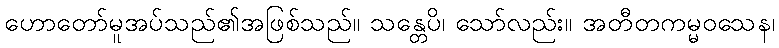
ဟောတော်မူအပ်သည်၏အဖြစ်သည်။ သန္တေပိ၊ သော်လည်း။ အတီတကမ္မဝသေန၊